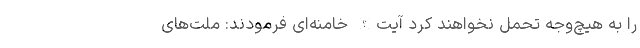
را به هیچ‌وجه تحمل نخواهند کرد آیت‌الله خامنه‌ای فرمودند: ملت‌های